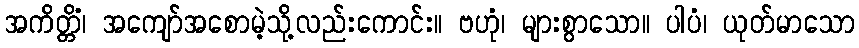
အကိတ္တိံ၊ အကျော်အစောမဲ့သို့လည်းကောင်း။ ဗဟုံ၊ များစွာသော။ ပါပံ၊ ယုတ်မာသော